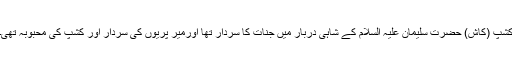
کشپ (کاش) حضرت سلیمان علیہ السلام کے شاہی دربار میں جنات کا سردار تھا اورمیر پریوں کی سردار اور کشپ کی محبوبہ تھی۔